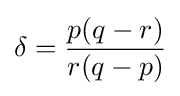
\delta ={\frac {p(q-r)}{r(q-p)}}